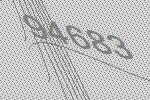
94683